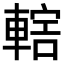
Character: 𨍤